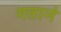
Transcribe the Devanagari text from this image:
गतानं